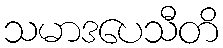
သမာဒပေသီတိ